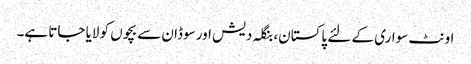
اونٹ سواری کے لئے پاکستان، بنگلہ دیش اور سوڈان سے بچوں کو لایا جاتا ہے۔